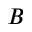
B